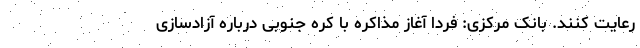
رعایت کنند. بانک مرکزی: فردا آغاز مذاکره با کره جنوبی درباره آزادسازی